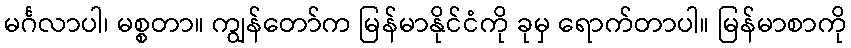
မင်္ဂလာပါ၊ မစ္စတာ။ ကျွန်တော်က မြန်မာနိုင်ငံကို ခုမှ ရောက်တာပါ။ မြန်မာစာကို